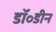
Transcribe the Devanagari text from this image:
डॉ॰डीन